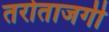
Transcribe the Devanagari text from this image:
तरोताजगी